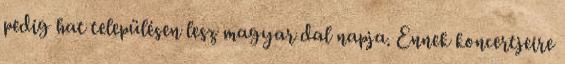
pedig hat településen lesz magyar dal napja. Ennek koncertjeire